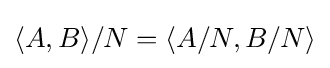
\langle A,B\rangle /N=\left\langle A/N,B/N\right\rangle